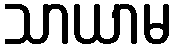
သာယာမ